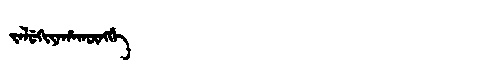
Manchu: ᠵᠠᠯᡠᡴᡳᠶᠠᡥᠠᡴᡡᠩᡤᡝ
Romanization: JALUKIYAHAKŪNGGE